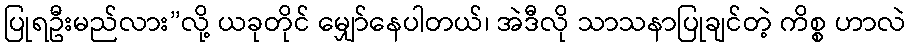
ပြုရဦးမည်လား”လို့ ယခုတိုင် မျှော်နေပါတယ်၊ အဲဒီလို သာသနာပြုချင်တဲ့ ကိစ္စ ဟာလဲ